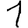
Digit: 1